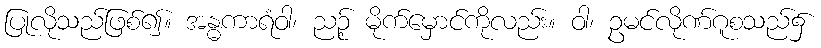
ပြုလိုသည်ဖြစ်၍။ အန္ဓကာရံဝါ၊ ညဉ့် မိုက်မှောင်ကိုလည်း။ ဝါ၊ ဥမင်လိုဏ်ဂူစသည်၌